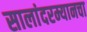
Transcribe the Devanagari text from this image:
सालांदरम्यानचा